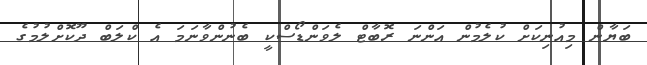
ބަޔާން މިއުނިކަށް ކުލެމުން އަންނަ ރޮބާޓް ލެވަންޑޯސްކީ ބެނުންވާނަމަ އެ ކްލަބް ދޫކޮށްލުމުގެ